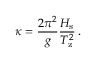
\kappa = \frac { 2 \pi ^ { 2 } } { g } \frac { H _ { \mathrm { s } } } { T _ { \mathrm { z } } ^ { 2 } } \, .